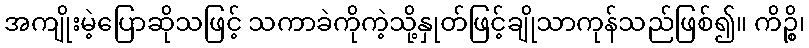
အကျိုးမဲ့ပြောဆိုသဖြင့် သကာခဲကိုကဲ့သို့နှုတ်ဖြင့်ချိုသာကုန်သည်ဖြစ်၍။ ကိဉ္စိ၊